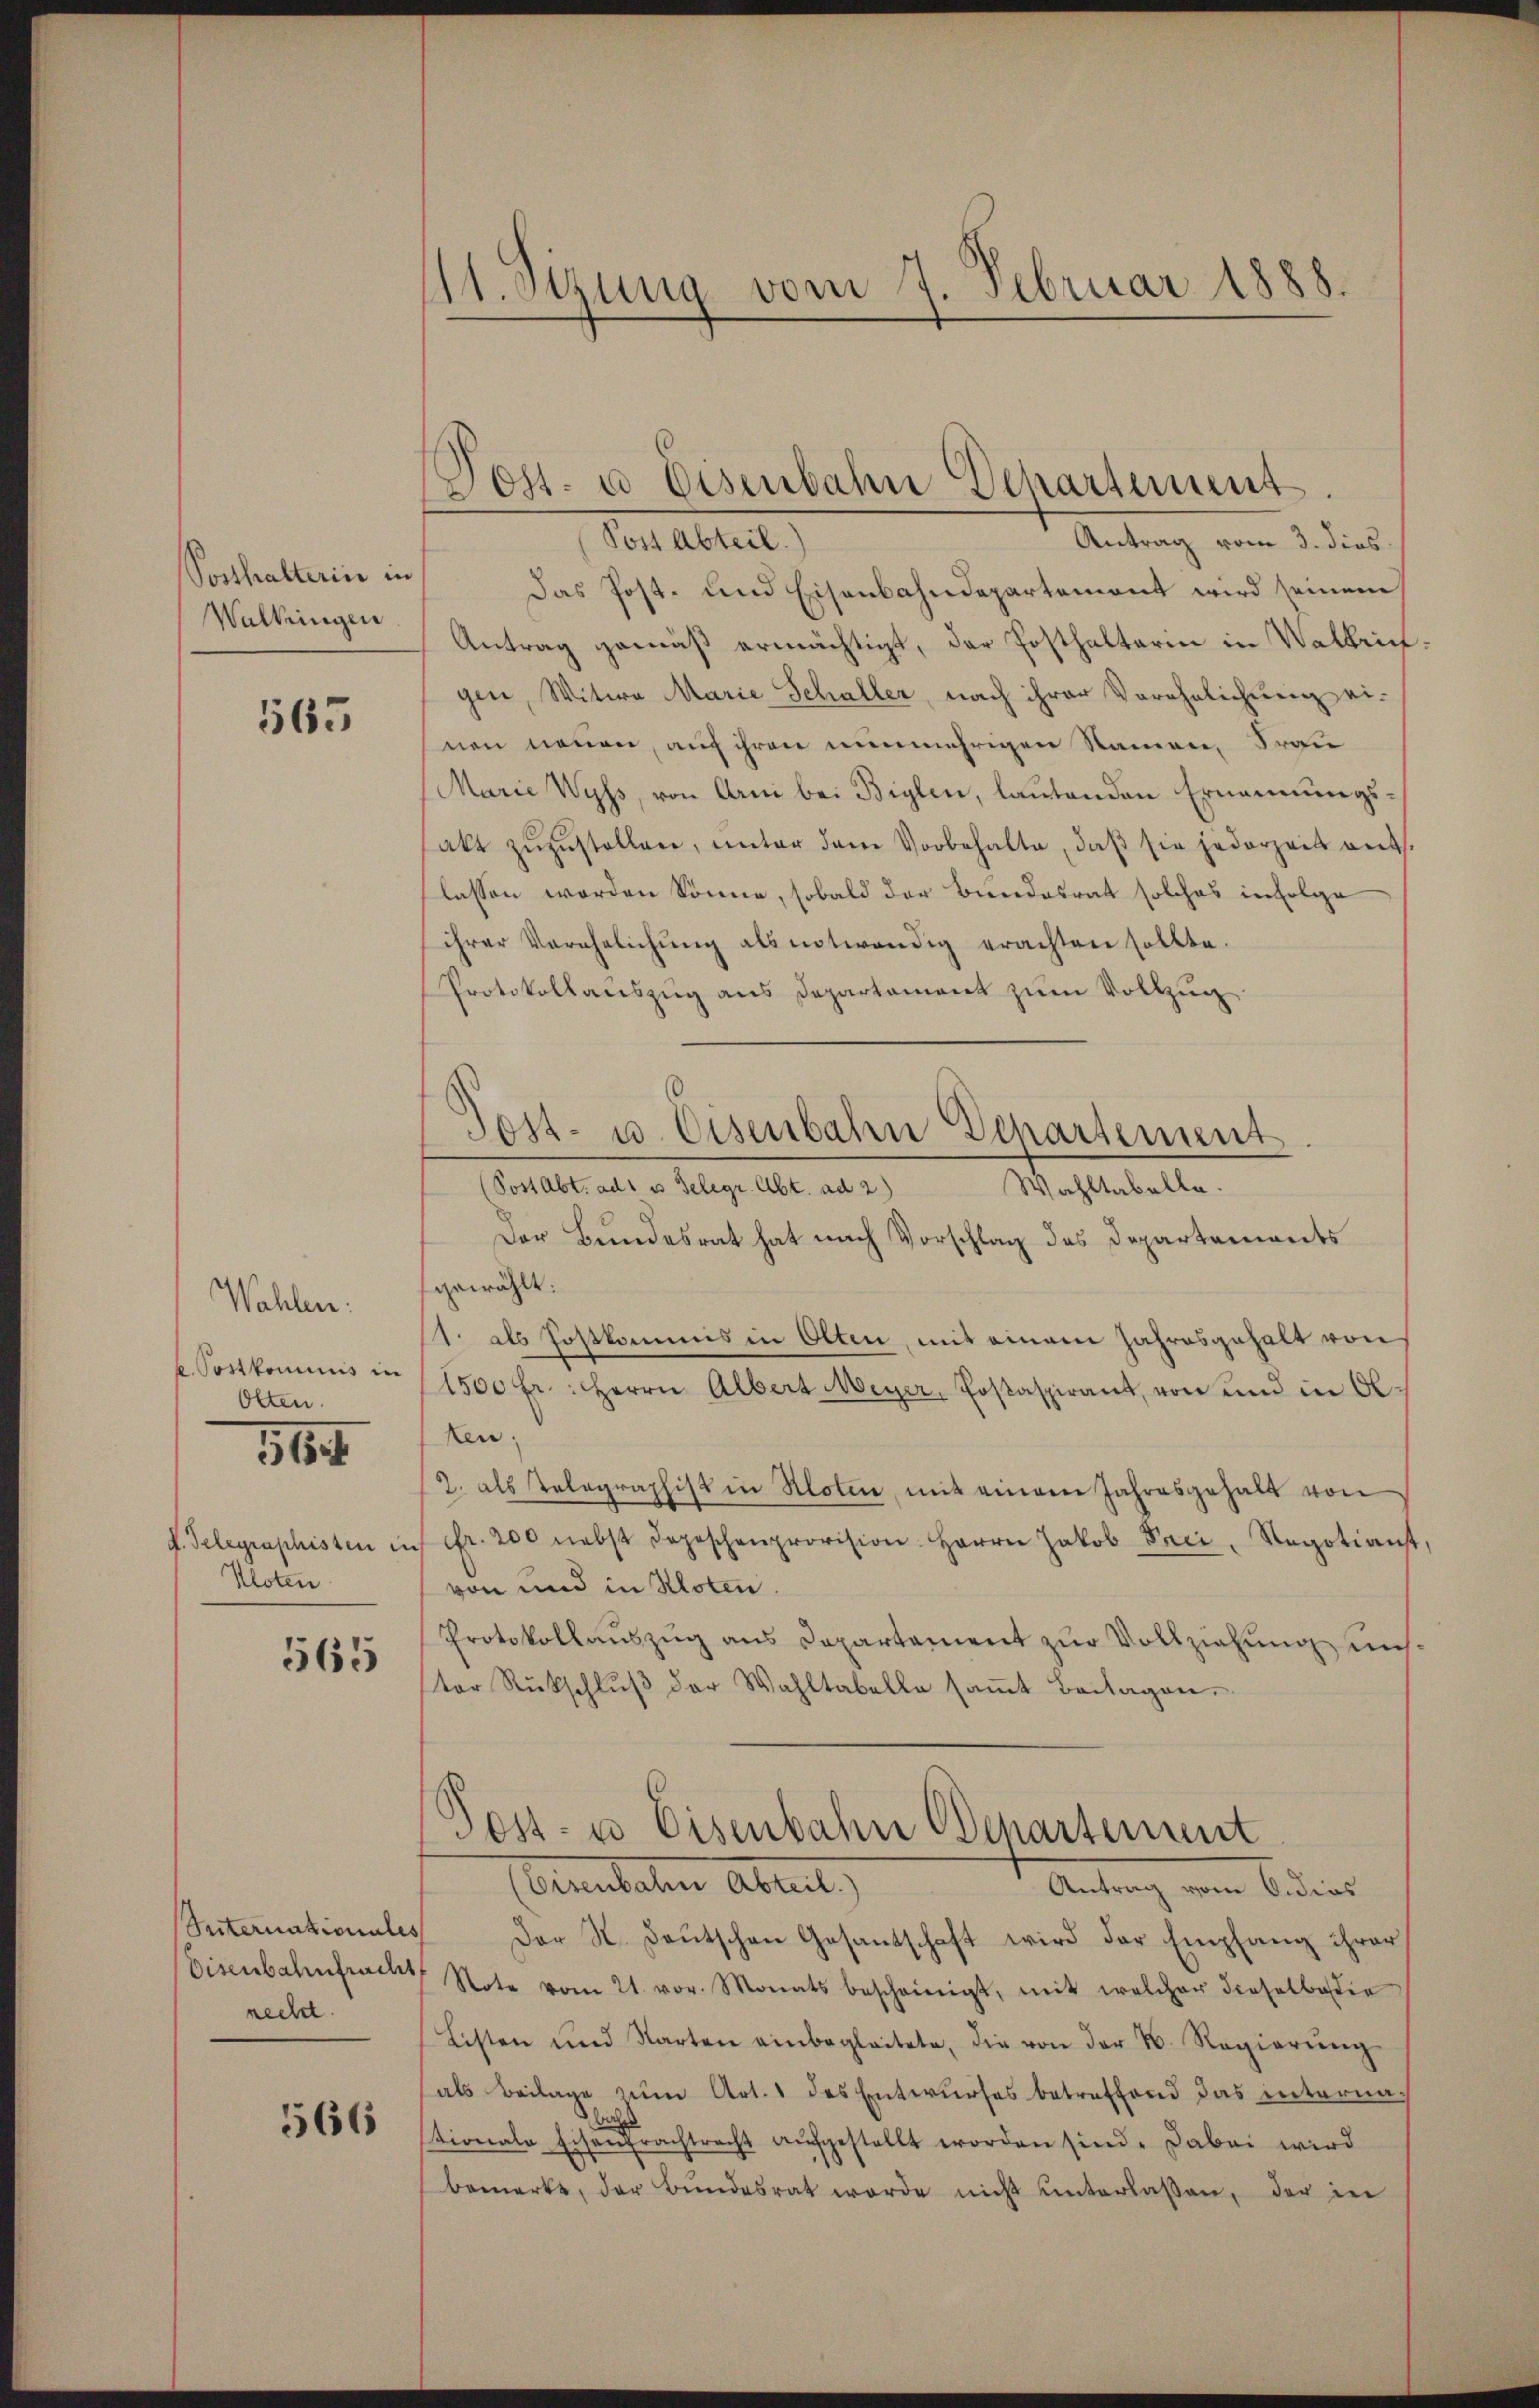
Posthalterin in
Walkingen

565

Wahlen.
b. Postkommnis in
Olten.
514
f. Telegraphisten in
Kloten

565

Seiternationales
Eisenbahnfrucht
necht

566

11. Sezung vom 7. Februar 1888.

Antrag vom 3. dies
Post Abteil.
Das Post- und Eisenbahndepartemont wird seinem
Antrag gemäß ermächtigt, der Posthalterin in Walbringen, Witwe Marie Schaller, nach ihrer Verehelichung einen neuen, auf ihren nunmehrigen Namen, Frau
Marie Wyss, von Arni bei Biglen, laŭtenden Ernennungs-
akt zŭzŭstellen, ŭnter dem Vorbehalte, daβ sie jederzeit ents
lassen worden könne, sobald der Bundesrat solches in Folge
ihrer Verehelichŭng als notwendig erachten sollte.
Protokollauszug aus Departament zum Vollzug
(Post Abt. ad u. Gelegr. Abt. ad 2)
Wahltabelle.
Der Bundesrat hat nach Vorschlag des Departements
gewählt:
1. als Postkommis in Olten, mit einem Jahresgehalt von
1500 fr.: Herrn Albert Meyer, Postaspirant, von und in Ol
ten;
2. als Telegraphist in Kloten, mit einem Jahresgehalt von
fr. 200 nebst Depeschenprovision. Herrn Jakob Peci, Regotiant,
von und in Kloten.
Protokollauszug aus Departement zur Vollziehung uns.
ter Rückschlŭβ der Wahltabella saṁt Beilagen.
Post- u Eisenbahn Departement
Geinbaten Abteil,
Antrag vom 6. dies
Der N. Baŭtschen Gesantschaft wird der Empfang ihrer
Note vom 21. vor. Monats bescheinigt, mit welcher dieselbedie
Listen und Karten einbegleitete, die von der N. Regierŭng
als Beilage zum Art. 1 des Entwurfes betreffend das internationale Eisenfrachtrecht aufgestellt worden sind. Dabei wird
bemerkt, der Bŭndesrat werde nicht ŭnterlaßen, der in

Post- u. Eisenbahn Departement.

Tost- u. Eisenbahn Departement